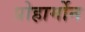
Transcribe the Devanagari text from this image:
प्रोहार्मोन